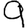
Digit: 9